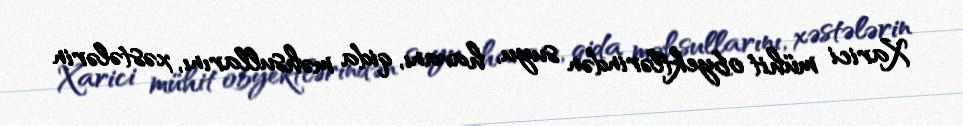
Xarici mühit obyektlərindən suyu, havanı, qida məhsullarını, xəstələrin